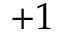
+ 1